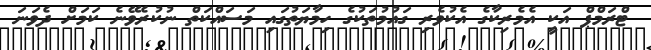
ޓްރަމްޕް އަކީ އެމެރިކާގެ އެކުވެރި ގައުމުތަކުގެ ހިމާޔަތުގައި މަސައްކަތް ނުކުރެވޭނެ ކަމަށް ދެވަނަ